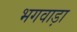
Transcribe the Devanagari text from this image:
भगवाड़ा